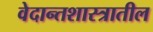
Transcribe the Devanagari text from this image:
वेदान्तशास्त्रातील